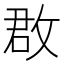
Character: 𢽏